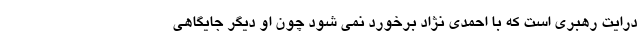
درایت رهبری است که با احمدی نژاد برخورد نمی شود چون او دیگر جایگاهی